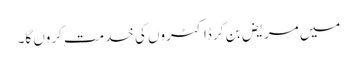
میں مریض بن کر ڈاکٹروں کی خدمت کروں گا۔